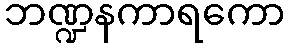
ဘဏ္ဍနကာရကော